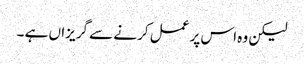
لیکن وہ اس پر عمل کرنے سے گریزاں ہے ۔